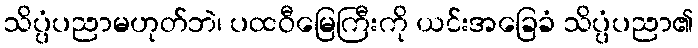
သိပ္ပံပညာမဟုတ်ဘဲ၊ ပထဝီမြေကြီးကို ယင်းအခြေခံ သိပ္ပံပညာ၏